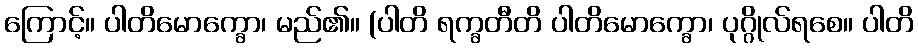
ကြောင့်။ ပါတိမောက္ခော၊ မည်၏။ (ပါတိ ရက္ခတီတိ ပါတိမောက္ခော၊ ပုဂ္ဂိုလ်ရစေ။ ပါတိ